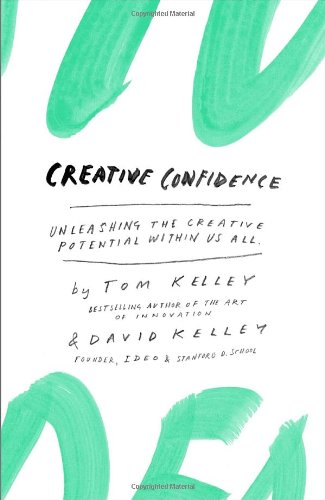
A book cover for Creative Confidence: Unleashing the Creative Potential Within Us All; Tom Kelley; Self-Help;